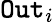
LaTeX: \mathtt{Out}_{i}